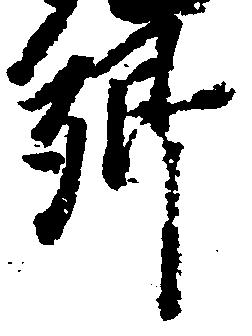
郷